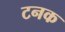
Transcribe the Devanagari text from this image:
टनक